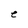
Character: e